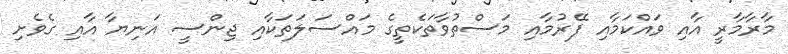
މާރާމާރީ އާއި ވައްކަމާއި ފޭރުމާއި މަސްތުވާތަކެތީގެ މައްސަލަތަކާއި ޖިންސީ އަނިޔާ އާއި ގެވެށި